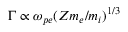
\Gamma \propto \omega _ { p e } ( Z m _ { e } / m _ { i } ) ^ { 1 / 3 }